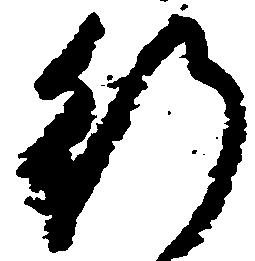
行